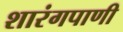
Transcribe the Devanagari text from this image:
शारंगपाणी